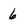
Character: 6